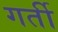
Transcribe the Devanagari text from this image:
गर्ती